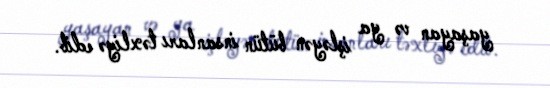
yaşayan və ya işləyən bütün insanları təxliyə edib.